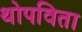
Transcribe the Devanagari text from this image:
थोपविता